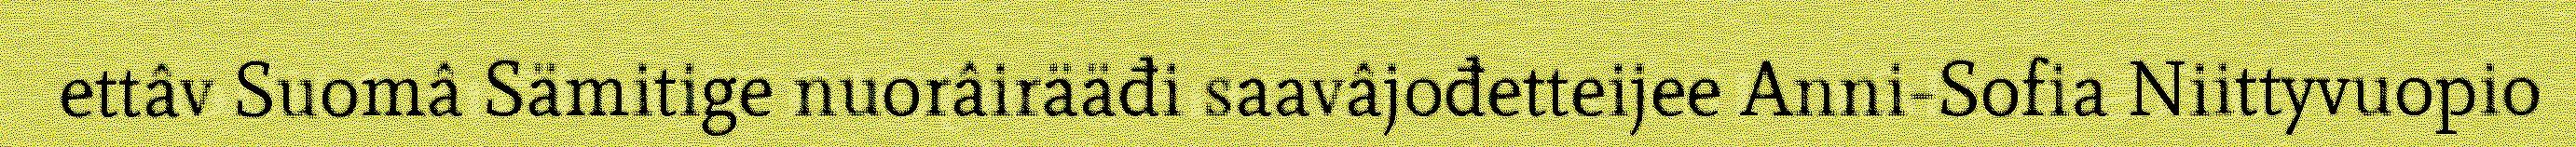
ettâv Suomâ Sämitige nuorâirääđi saavâjođetteijee Anni-Sofia Niittyvuopio